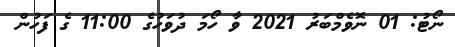
ނޯޓު: 01 ނޮވެމްބަރު 2021 ވާ ހޯމަ ދުވަހުގެ 11:00 ގެ ފަހުން